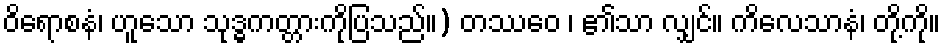
ဝိရောစနံ၊ ဟူသော သုဒ္ဓကတ္တားကိုပြသည်။) တဿေဝ ၊ ၏သာ လျှင်။ ကိလေသာနံ၊ တို့ကို။